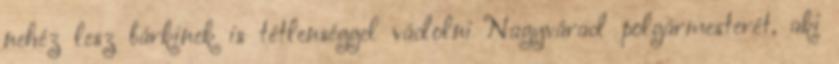
nehéz lesz bárkinek is tétlenséggel vádolni Nagyvárad polgármesterét, aki